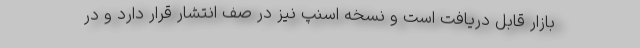
بازار قابل دریافت است و نسخه اسنپ نیز در صف انتشار قرار دارد و در